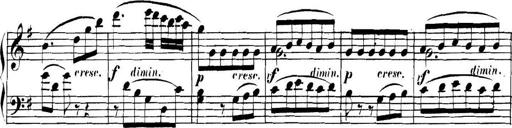
Title: Collected Piano Sonatas
Composer: Muzio Clementi